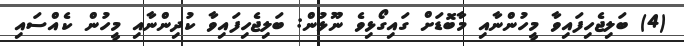
(4) ބަލިޖެހިފައިވާ މީހުންނާއި މާބޮޑަށް ގައިގޯޅިވެ ނޫޅުން: ބަލިޖެހިފައިވާ ކުދިންނާއި މީހުން ކެއްސައި